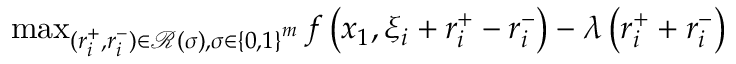
\begin{array} { r l } & { \operatorname* { m a x } _ { \substack { ( r _ { i } ^ { + } , r _ { i } ^ { - } ) \in { \mathcal R } \left( \sigma \right) , \sigma \in \left\{ 0 , 1 \right\} ^ { m } } } f \left( x _ { 1 } , { \xi _ { i } + r _ { i } ^ { + } - r _ { i } ^ { - } } \right) - \lambda \left( r _ { i } ^ { + } + r _ { i } ^ { - } \right) } \end{array}